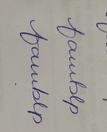
Signature authenticity: forged